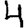
Digit: 4